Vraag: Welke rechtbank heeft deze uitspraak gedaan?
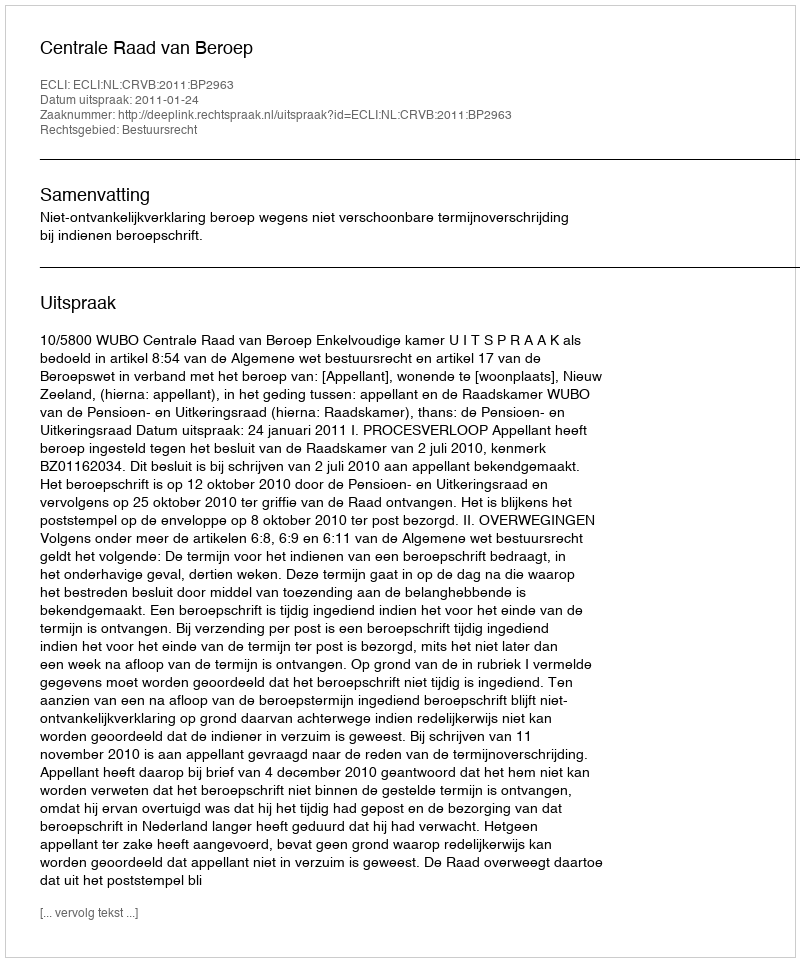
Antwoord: Centrale Raad van Beroep